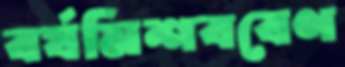
বর্ষমিশববেণ